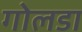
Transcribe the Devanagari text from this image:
गोलडा